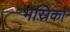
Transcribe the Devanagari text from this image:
भस्रिका